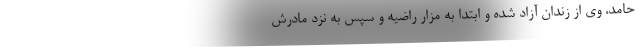
حامد، وی از زندان آزاد شده و ابتدا به مزار راضیه و سپس به نزد مادرش